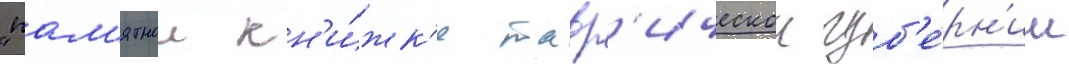
"пам'ятнои кн'и́жк'е тавр'ическои губ'е́рн'ии